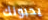
يحبونك